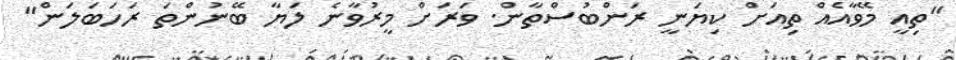
"ތިއީ މޭވާއެއް ތިއަށް ކިޔަނީ ރަންބުސްތާން. ވަރަށް މީރުވާނެ ލަޔާ ބޭނުންތަ ރަހަބަލަން"